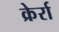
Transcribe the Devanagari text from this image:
क्रेर्रा